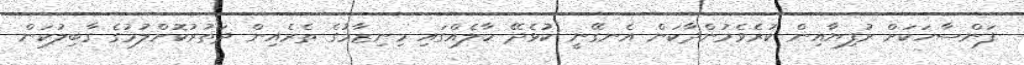
ފަންސާހަކަށް ރުފިޔާއިން ކުރެވެމުންދާކަން އެނގޭނީ ކުޅެދޭ ހާލެއްގައި މިނިޒާމުގެ ތެރެއިން ދަތުރުކޮށްލުމުގެ ގާބިލުކަން